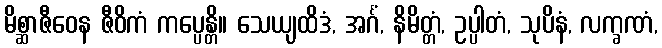
မိစ္ဆာဇီဝေန ဇီဝိကံ ကပ္ပေန္တိ။ သေယျထိဒံ, အင်္ဂံ, နိမိတ္တံ, ဥပ္ပါတံ, သုပိနံ, လက္ခဏံ,